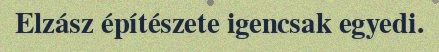
Elzász építészete igencsak egyedi.